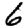
Digit: 6